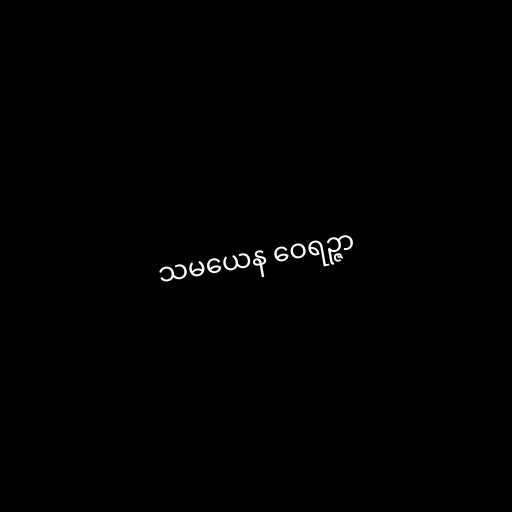
သမယေန ဝေရဉ္ဇာ